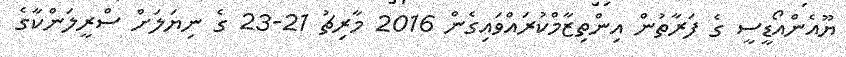
ޔޫއެންއޯޑީސީ ގެ ފަރާތުން އިންތިޒާމްކުރައްވައިގެން 2016 މާރިޗު 21-23 ގެ ނިޔަލަށް ސްރީލަންކާގެ